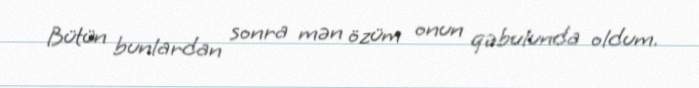
Bütün bunlardan sonra mən özüm onun qəbulunda oldum.